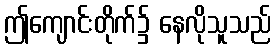
ဤကျောင်းတိုက်၌ နေလိုသူသည်